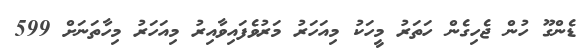
ޑެންގޫ ހުން ޖެހިގެން ހަތަރު މީހަކު މިއަހަރު މަރުވެފައިވާއިރު މިއަހަރު މިހާތަަނަށް 599